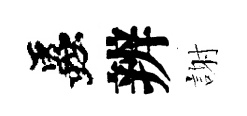
蟲辨謝